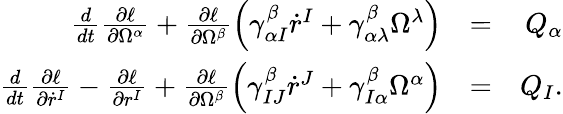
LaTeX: \begin{array}{rlr}{\frac{d}{dt}\frac{\partial\ell}{\partial\Omega^{\alpha}}+\frac{\partial\ell}{\partial\Omega^{\beta}}\left(\gamma_{\alpha I}^{\beta}\dot{r}^{I}+\gamma_{\alpha\lambda}^{\beta}\Omega^{\lambda}\right)}&{=}&{Q_{\alpha}}\\ {\frac{d}{dt}\frac{\partial\ell}{\partial\dot{r}^{I}}-\frac{\partial\ell}{\partial r^{I}}+\frac{\partial\ell}{\partial\Omega^{\beta}}\left(\gamma_{IJ}^{\beta}\dot{r}^{J}+\gamma_{I\alpha}^{\beta}\Omega^{\alpha}\right)}&{=}&{Q_{I}.}\end{array}